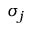
\sigma _ { j }